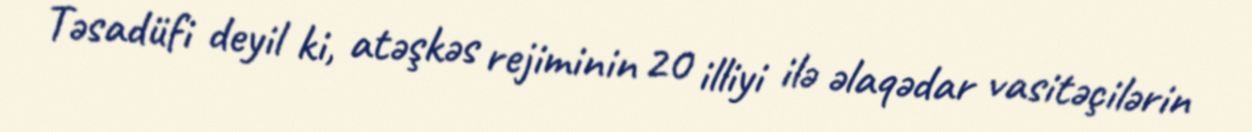
Təsadüfi deyil ki, atəşkəs rejiminin 20 illiyi ilə əlaqədar vasitəçilərin